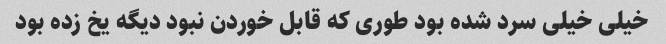
خیلی خیلی سرد شده بود طوری که قابل خوردن نبود دیگه یخ زده بود